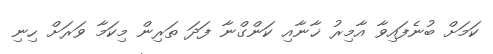
ކަމަށް ބުނެފައިވާ އާމިރު ޚާނާއި ކަންގްނާ ފަދަ ތަރިން މިކަމާ ވަރަށް ހިނި